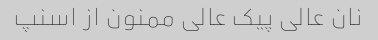
نان عالی پیک عالی ممنون از اسنپ